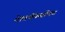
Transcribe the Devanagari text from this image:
शेतकीसचिव